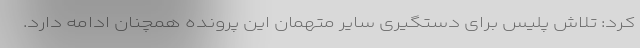
کرد: تلاش پلیس برای دستگیری سایر متهمان این پرونده همچنان ادامه دارد.